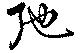
弛